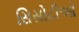
સિસોટીઓ